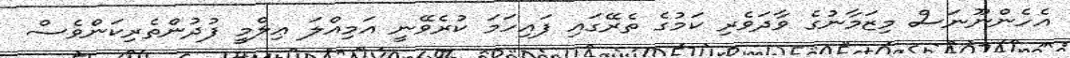
އެހެންނޫނަސް މިޒަމާނުގެ ވާދަވެރި ކަމުގެ ތެރޭގައި ފައިހަމަ ކުރެވޭނީ އަމިއްލަ ޢިލްމީ ފުދުންތެރިކަންވެސް